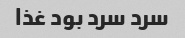
سرد سرد بود غذا